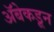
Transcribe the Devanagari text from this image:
अॅबेकडून